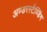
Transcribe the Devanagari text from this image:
अण्डरस्टैण्डिंग